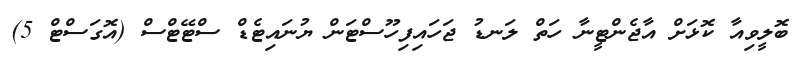
ބޮލީވިއާ ކޮޅަށް އާޖެންޓީނާ ހަތް ލަނޑު ޖަހައިފިހޫސްޓަން ޔުނައިޓެޑް ސްޓޭޓްސް (އޮގަސްޓް 5)